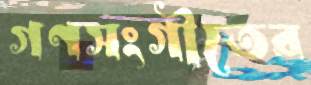
গণসংগীতের